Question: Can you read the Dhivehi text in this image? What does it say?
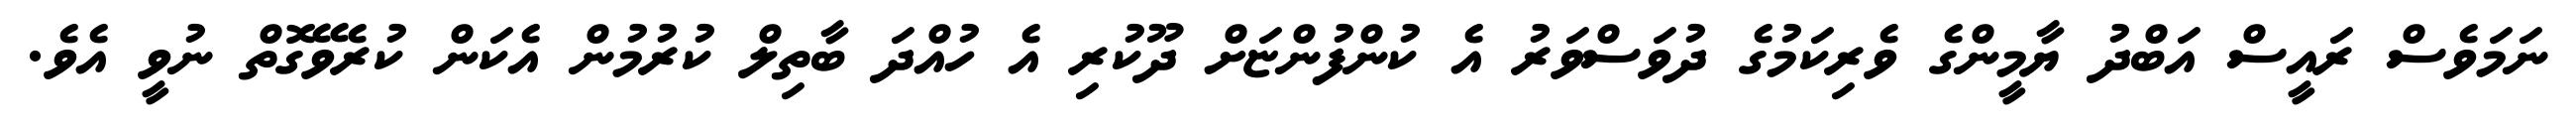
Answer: ނަމަވެސް ރައީސް އަބްދު ޔާމީންގެ ވެރިކަމުގެ ދުވަސްވަރު އެ ކުންފުންޏަށް ދޫކުރި އެ ހުއްދަ ބާތިލް ކުރުމުން އެކަން ކުރެވޭގޮތް ނުވީ އެވެ.